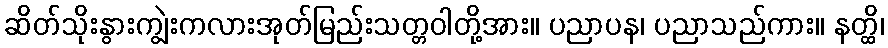
ဆိတ်သိုးနွားကျွဲးကလားအုတ်မြည်းသတ္တဝါတို့အား။ ပညာပန၊ ပညာသည်ကား။ နတ္ထိ၊